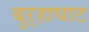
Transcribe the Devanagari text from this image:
बुऱ्हाघाट